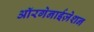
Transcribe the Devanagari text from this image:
ऑरगेनाईज़ेशन